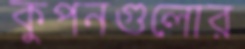
কুপনগুলোর